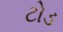
ટોડ